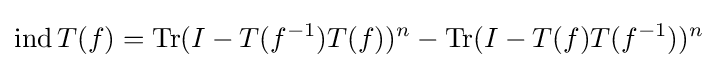
\operatorname {ind} T(f)=\operatorname {Tr} (I-T(f^{-1})T(f))^{n}-\operatorname {Tr} (I-T(f)T(f^{-1}))^{n}